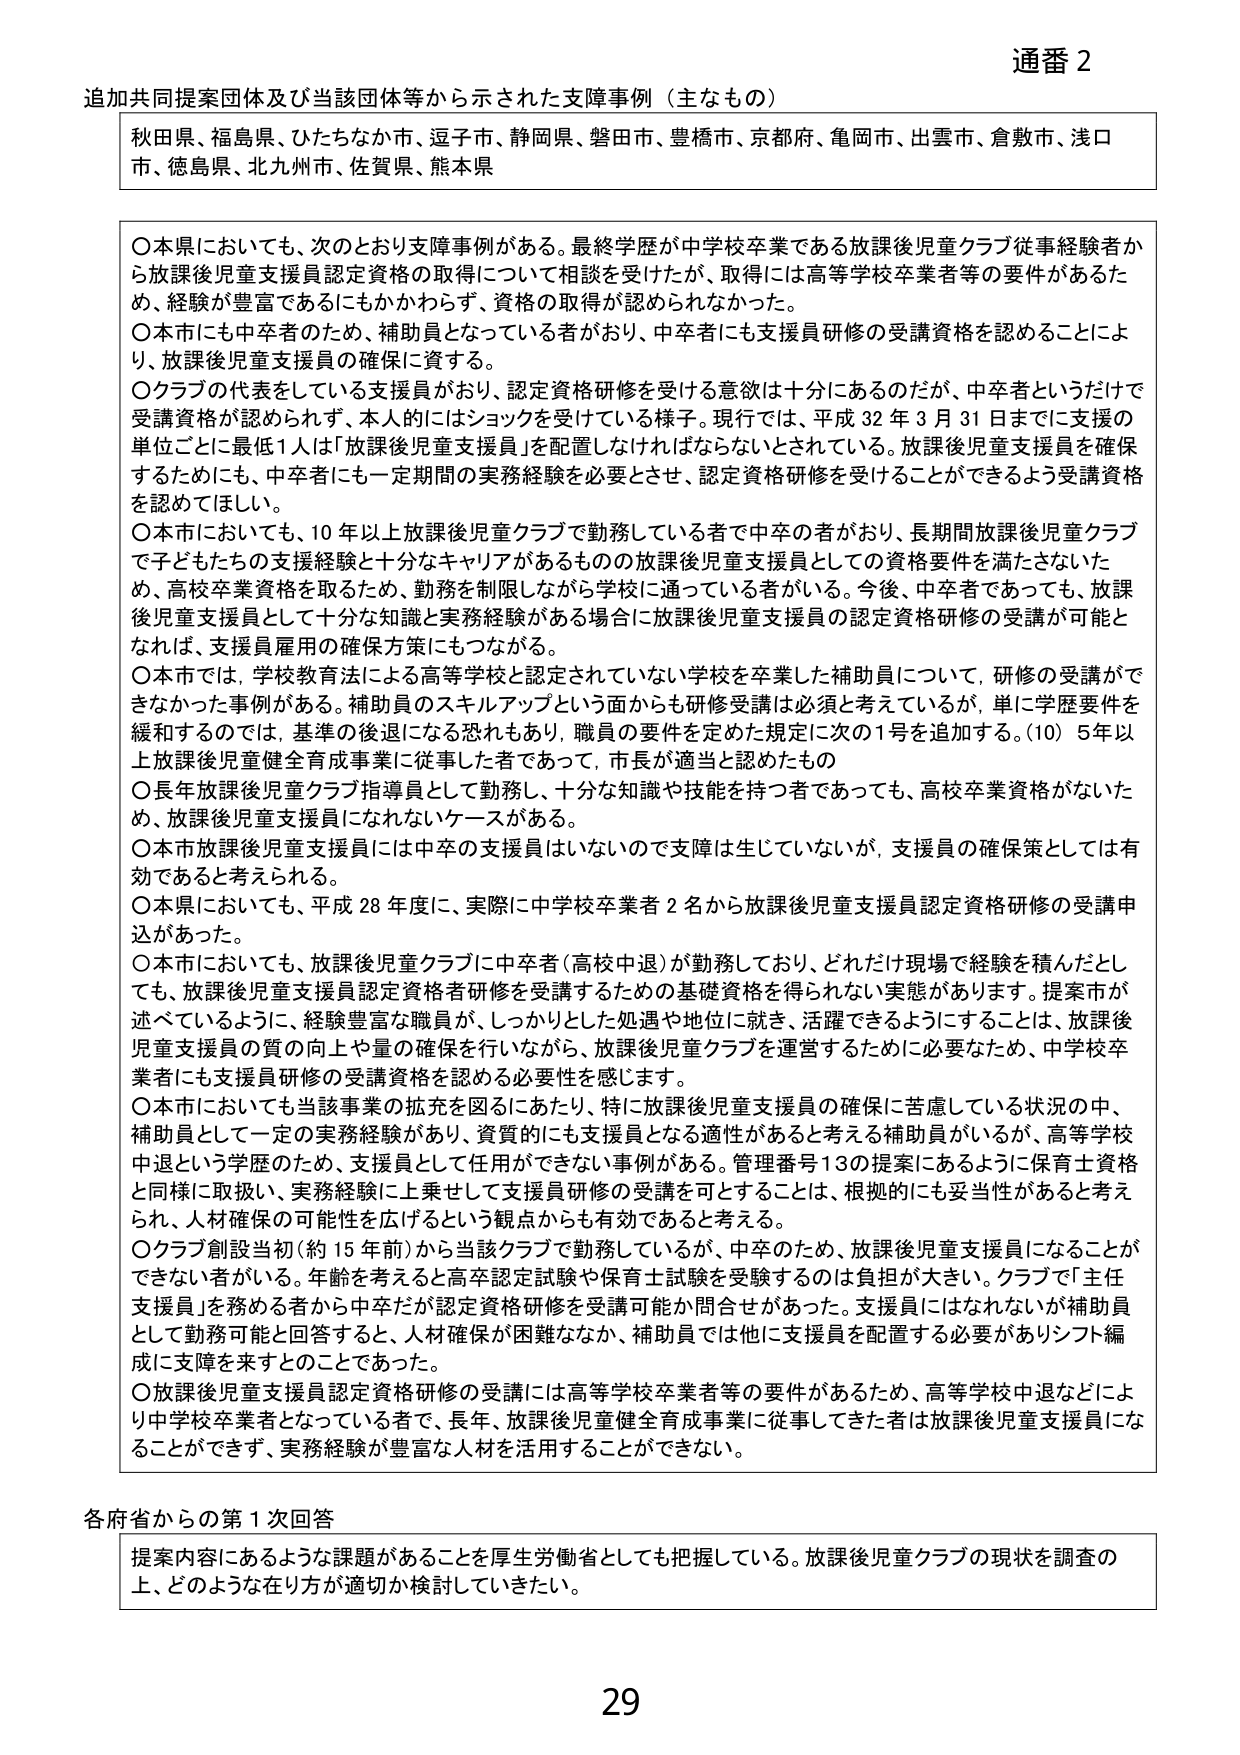
通番 2

追加共同提案団体及び当該団体等から示された支援事例（主なもの）

秋田県、福島県、ひたちなか市、逗子市、静岡県、磐田市、豊橋市、京都府、亀岡市、出雲市、倉敷市、浅口市、徳島県、北九州市、佐賀県、熊本県

〇本県においても、次のとおり支援事例がある。最終学歴が中学校卒業である放課後児童クラブ従事経験者から放課後児童支援員認定資格の取得について相談を受けたが、取得には高等学校卒業者等の要件があるため、経験が豊富であるにもかかわらず、資格の取得が認められなかった。

〇本市にも中卒者のため、補助員となっている者がおり、中卒者にも支援員研修の受講資格を認めることにより、放課後児童支援員の確保に資する。

〇クラブの代表をしている支援員がおり、認定資格研修を受ける意欲は十分にあるのだが、中卒者というだけで受講資格が認められず、本人的にはショックを受けている様子。現行では、平成32年3月31日までに支援の単位ごとに最低1人は「放課後児童支援員」を配置しなければならないとされている。放課後児童支援員を確保するためにも、中卒者にも一定期間の実務経験を必要とさせ、認定資格研修を受けることができるよう受講資格を認めてもほしい。

〇本市においても、10年以上放課後児童クラブで勤務している者で中卒の者がおり、長期間放課後児童クラブで子どもたちの支援経験と十分なキャリアがあるものの放課後児童支援員としての資格要件を満たさないため、高校卒業資格を取るため、勤務を制限しながら学校に通っている者がいる。今後、中卒者であっても、放課後児童支援員として十分な知識と実務経験がある場合に放課後児童支援員の認定資格研修の受講が可能となれば、支援員雇用の確保方策にもつながる。

〇本市では、学校教育法による高等学校と認定されていない学校を卒業した補助員について、研修の受講ができなかった事例がある。補助員のスキルアップという面からも研修受講は必須と考えているが、単に学歴要件を緩和するのでは、基準の後退になる恐れもあり、職員の要件を定めた規定に次の1号を追加する。（10）5年以上放課後児童健全育成事業に従事した者であって、市長が適当と認めたもの

〇長年放課後児童クラブ指導員として勤務し、十分な知識や技能を持つ者であっても、高校卒業資格がないため、放課後児童支援員になれないケースがある。

〇本市放課後児童支援員には中卒の支援員はいないので支援は生じていないが、支援員の確保策としては有効であると考えられる。

〇本県においても、平成28年度に、実際に中学校卒業者2名から放課後児童支援員認定資格研修の受講申込があった。

〇本市においても、放課後児童クラブに中卒者（高校中退）が勤務しており、どれだけ現場で経験を積んだとしても、放課後児童支援員認定資格者研修を受講するための基礎資格を得られない実態があります。提案市が述べているように、経験豊富な職員が、しっかりとした処遇や地位に就き、活躍できるようにすることは、放課後児童支援員の質の向上や量の確保を行いながら、放課後児童クラブを運営するために必要なため、中学校卒業者にも支援員研修の受講資格を認める必要性を感じます。

〇本市においても当該事業の拡充を図るにあたり、特に放課後児童支援員の確保に苦慮している状況の中、補助員として一定の実務経験があり、資質的にも支援員となる適性があると考える補助員がいるが、高等学校中退という学歴のため、支援員として任用ができない事例がある。管理番号13の提案にあるように保育士資格と同様に取扱い、実務経験に上乗せして支援員研修の受講を可とすることは、根拠的にも妥当性があると考えられ、人材確保の可能性を広げるという観点からも有効であると考える。

〇クラブ創設当初（約15年前）から当該クラブで勤務しているが、中卒のため、放課後児童支援員になることができない者がいる。年齢を考えると高卒認定試験や保育士試験を受験するのは負担が大きい。クラブで「主任支援員」を務める者から中卒だが認定資格研修を受講可能か問合せがあった。支援員にはなれないが補助員として勤務可能と回答すると、人材確保が困難ななか、補助員では他に支援員を配置する必要がありシフト編成に支障を来すとのことであった。

〇放課後児童支援員認定資格研修の受講には高等学校卒業者等の要件があるため、高等学校中退などにより中学校卒業者となっている者で、長年、放課後児童健全育成事業に従事してきた者は放課後児童支援員になることができず、実務経験が豊富な人材を活用することができない。

各府省からの第1次回答

提案内容にあるような課題があることを厚生労働省としても把握している。放課後児童クラブの現状を調査の上、どのような在り方が適切か検討していきたい。

29